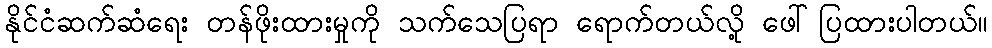
နိုင်ငံဆက်ဆံရေး တန်ဖိုးထားမှုကို သက်သေပြရာ ရောက်တယ်လို့ ဖေါ်ပြထားပါတယ်။